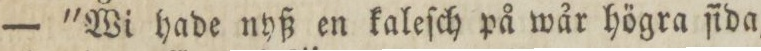
— 'Wi hade nyß en kaleſch på wår högra ſida,